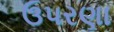
ઉપરણા